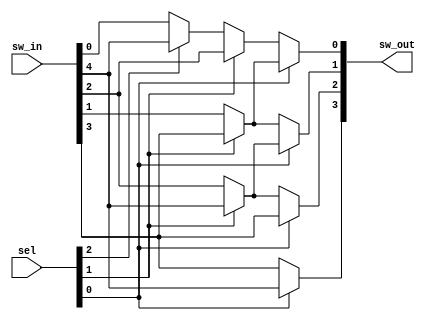
module qsn_left_len5 (
	output wire [3:0] sw_out,

	input wire [4:0] sw_in,
	input wire [2:0] sel
//	,
//	input wire sys_clk,
//	input wire rstn
);

	// Multiplexer Stage 2
	wire [0:0] mux_stage_2;
	assign mux_stage_2[0] = (sel[2] == 1'b1) ? sw_in[4] : sw_in[0];

	// Multiplexer Stage 1
	wire [2:0] mux_stage_1;
	assign mux_stage_1[0] = (sel[1] == 1'b1) ? sw_in[2] : mux_stage_2[0];
	assign mux_stage_1[1] = (sel[1] == 1'b1) ? sw_in[3] : sw_in[1];
	assign mux_stage_1[2] = (sel[1] == 1'b1) ? sw_in[4] : sw_in[2];

	// Multiplexer Stage 0
	wire [3:0] mux_stage_0;
	assign mux_stage_0[0] = (sel[0] == 1'b1) ? mux_stage_1[1] : mux_stage_1[0];
	assign mux_stage_0[1] = (sel[0] == 1'b1) ? mux_stage_1[2] : mux_stage_1[1];
	assign mux_stage_0[2] = (sel[0] == 1'b1) ? sw_in[3] : mux_stage_1[2];
	assign mux_stage_0[3] = (sel[0] == 1'b1) ? sw_in[4] : sw_in[3];

	assign sw_out[3:0] = mux_stage_0[3:0];
endmodule